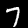
Label: 7